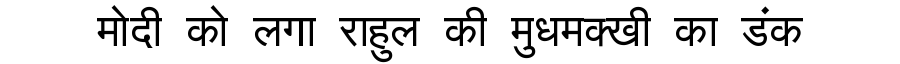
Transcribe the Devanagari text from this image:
मोदी को लगा राहुल की मुधमक्खी का डंक